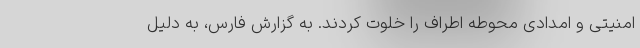
امنیتی و امدادی محوطه اطراف را خلوت کردند. به گزارش فارس، به دلیل